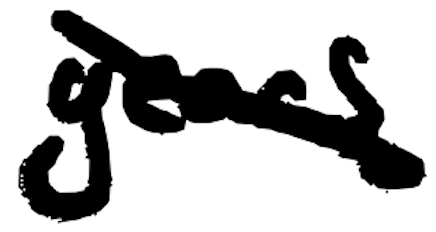
Text: years
Cross-out: mix
Writing tool: digital_black